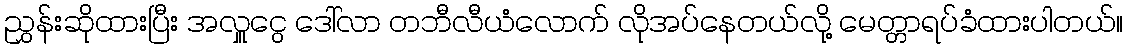
ညွှန်းဆိုထားပြီး အလှူငွေ ဒေါ်လာ တဘီလီယံလောက် လိုအပ်နေတယ်လို့ မေတ္တာရပ်ခံထားပါတယ်။